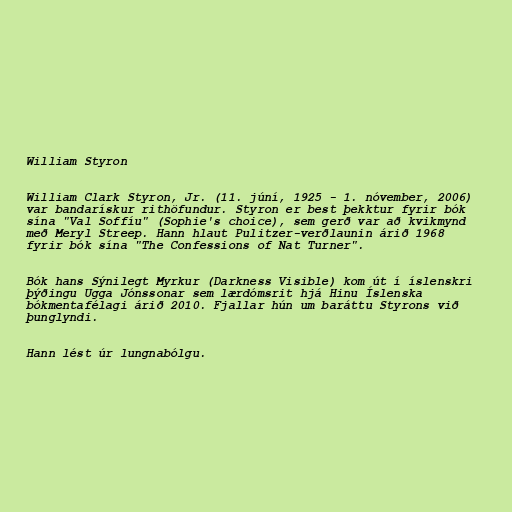
William Styron

William Clark Styron, Jr. (11. júní, 1925 - 1. nóvember, 2006)
var bandarískur rithöfundur. Styron er best þekktur fyrir bók
sína "Val Soffíu" (Sophie's choice), sem gerð var að kvikmynd
með Meryl Streep. Hann hlaut Pulitzer-verðlaunin árið 1968
fyrir bók sína "The Confessions of Nat Turner".

Bók hans Sýnilegt Myrkur (Darkness Visible) kom út í íslenskri
þýðingu Ugga Jónssonar sem lærdómsrit hjá Hinu Íslenska
bókmentafélagi árið 2010. Fjallar hún um baráttu Styrons við
þunglyndi.

Hann lést úr lungnabólgu.